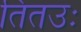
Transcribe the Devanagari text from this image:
तितउः